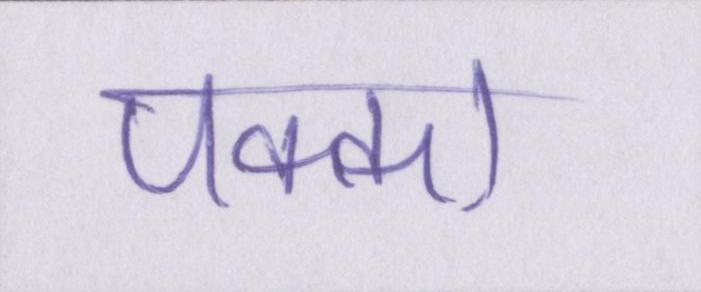
पक्का